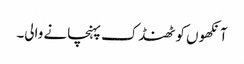
آنکھوں کو ٹھنڈک پہنچانے والی۔